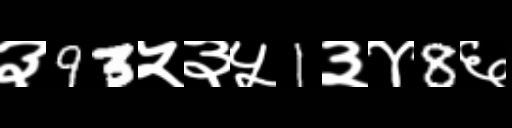
Text: ३93५३५1३४8६